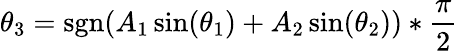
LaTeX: \theta_{3}=\operatorname{sgn}(A_{1}\sin(\theta_{1})+A_{2}\sin(\theta_{2}))*{\frac{\pi}{2}}